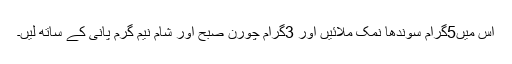
اس میں5گرام سوندھا نمک ملائیں اور 3گرام چورن صبح اور شام نیم گرم پانی کے ساتھ لیں۔